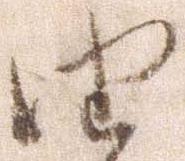
由